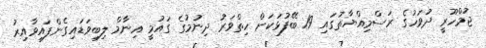
ޖުމްހޫރީ ދުވަހުގެ ރަސްމިއްޔާތުގައި 19 ބޭފުޅަކަށް ހިތްވަރު ދިނުމުގެ ގައުމީ އިނާމް ލިބިވަޑައިގެންފައިވާއިރު